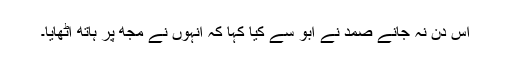
اس دن نہ جانے صمد نے ابو سے کیا کہا کہ انہوں نے مجھ پر ہاتھ اٹھایا۔